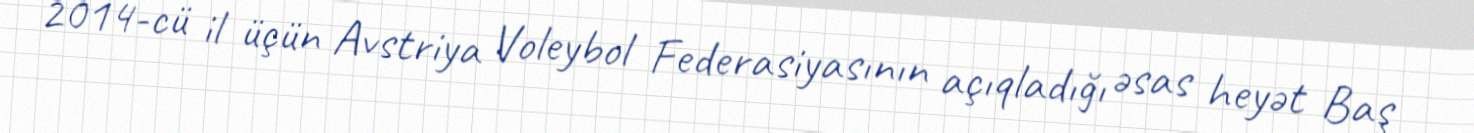
2014-cü il üçün Avstriya Voleybol Federasiyasının açıqladığı əsas heyət Baş